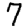
Digit: 7